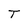
Character: T